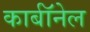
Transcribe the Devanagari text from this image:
कार्बाॅनेल